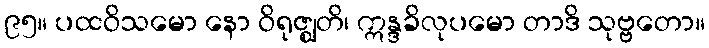
၉၅။ ပထဝိသမော နော ဝိရုဇ္ဈတိ၊ ဣန္ဒခိလုပမော တာဒိ သုဗ္ဗတော။